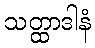
သတ္ထာဒါနံ